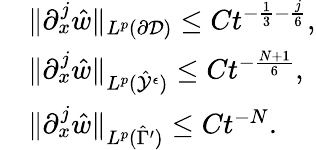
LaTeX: \begin{array}{rl}&{\| \partial_{x}^{j}\hat{w}\| _{L^{p}(\partial\mathcal{D})}\leq Ct^{-\frac{1}{3}-\frac{j}{6}},}\\ &{\| \partial_{x}^{j}\hat{w}\| _{L^{p}(\hat{\mathcal{Y}}^{\epsilon})}\leq Ct^{-\frac{N+1}{6}},}\\ &{\| \partial_{x}^{j}\hat{w}\| _{L^{p}(\hat{\Gamma}^{\prime})}\leq Ct^{-N}.}\end{array}